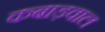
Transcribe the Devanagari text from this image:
कबाड़वाल